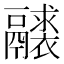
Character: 𩱘